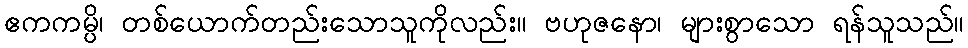
ဧကကမ္ပိ၊ တစ်ယောက်တည်းသောသူကိုလည်း။ ဗဟုဇနော၊ များစွာသော ရန်သူသည်။